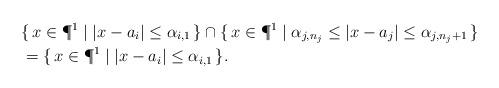
LaTeX: \begin{align*} & \{ \, x \in \P^1 \mid \lvert x - a_i \rvert \leq \alpha_{i,1} \, \} \cap \{ \, x \in \P^1 \mid \alpha_{j,n_j} \leq \lvert x - a_j \rvert \leq \alpha_{j,n_j+1} \, \} \\ &= \{ \, x \in \P^1 \mid \lvert x - a_i \rvert \leq \alpha_{i,1}\, \} . \end{align*}